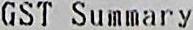
GST SUMMARY